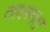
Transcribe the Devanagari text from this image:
तालगत